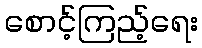
စောင့်ကြည့်ရေး